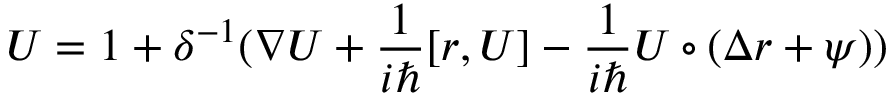
U = 1 + \delta ^ { - 1 } ( \nabla U + \frac 1 { i \hbar } [ r , U ] - \frac 1 { i \hbar } U \circ ( \Delta r + \psi ) )